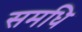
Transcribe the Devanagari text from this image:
समधि